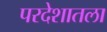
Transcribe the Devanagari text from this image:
परदेशातला